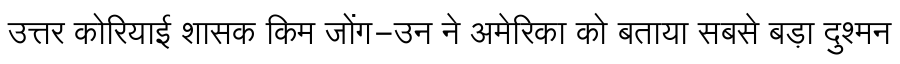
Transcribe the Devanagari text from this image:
उत्तर कोरियाई शासक किम जोंग-उन ने अमेरिका को बताया सबसे बड़ा दुश्मन